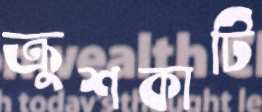
ক্রুশকাটি